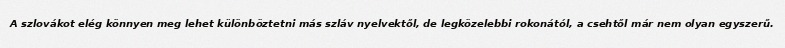
A szlovákot elég könnyen meg lehet különböztetni más szláv nyelvektől, de legközelebbi rokonától, a csehtől már nem olyan egyszerű.